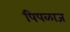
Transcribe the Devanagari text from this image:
पिपळाज